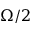
\Omega / 2